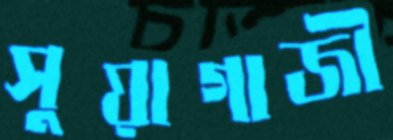
সুয়াগাজী